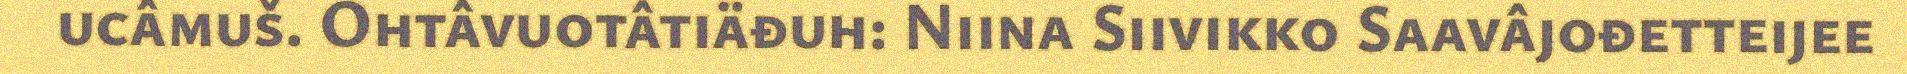
ucâmuš. Ohtâvuotâtiäđuh: Niina Siivikko Saavâjođetteijee